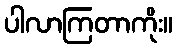
ပါလာကြတာကိုး။